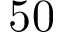
5 0